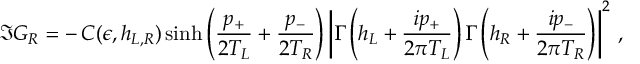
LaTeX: \Im G _ { R } = - \, { \cal C } ( \epsilon , h _ { L , R } ) \sinh { \left( { \frac { p _ { + } } { 2 T _ { L } } } + { \frac { p _ { - } } { 2 T _ { R } } } \right) } \left| \Gamma \left( h _ { L } + { \frac { i p _ { + } } { 2 \pi T _ { L } } } \right) \Gamma \left( h _ { R } + { \frac { i p _ { - } } { 2 \pi T _ { R } } } \right) \right| ^ { 2 } \, ,